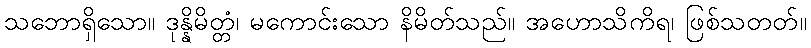
သဘောရှိသော။ ဒုန္နိမိတ္တံ၊ မကောင်းသော နိမိတ်သည်။ အဟောသိကိရ၊ ဖြစ်သတတ်။